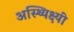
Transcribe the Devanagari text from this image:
अस्थ्यिक्ष्यी